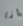
انا